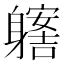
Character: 𨊊